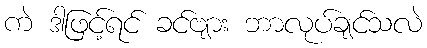
ကဲ ဒါဖြင့်ရင် ခင်ဗျား ဘာလုပ်ချင်သလဲ